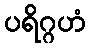
ပရိဂ္ဂဟံ